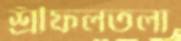
শ্রীফলতলা